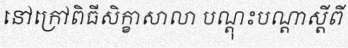
នៅក្រៅពិធីសិក្ខាសាលា បណ្តុះបណ្តាស្តីពី